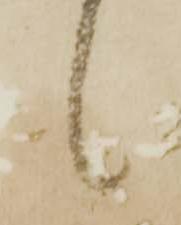
候